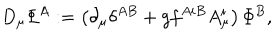
D _ { \mu } { \mit \Phi } ^ { A } : = \left( \partial _ { \mu } \delta ^ { A B } + g f ^ { A i B } A _ { \mu } ^ { i } \right) { \mit \Phi } ^ { B } ,